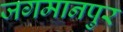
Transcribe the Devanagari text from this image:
जगमानपुर